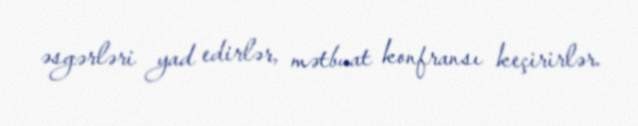
əsgərləri yad edirlər, mətbuat konfransı keçirirlər.